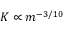
K \propto m ^ { - 3 / 1 0 }